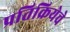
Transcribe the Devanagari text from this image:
प्रतिक्रियेचे